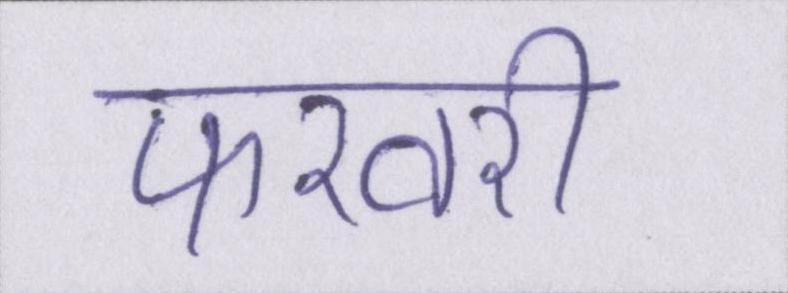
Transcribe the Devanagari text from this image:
फ़रवरी